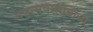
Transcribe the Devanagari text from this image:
अथेन्सवासीयांचा